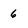
Character: 6